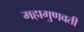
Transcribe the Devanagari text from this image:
महागुणवती